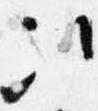
次